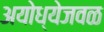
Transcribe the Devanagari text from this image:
अयोध्येजवळ